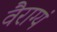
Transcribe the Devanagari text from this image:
वैराग्यं